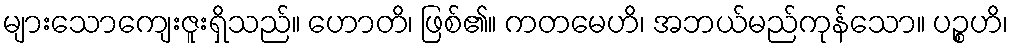
များသောကျေးဇူးရှိသည်။ ဟောတိ၊ ဖြစ်၏။ ကတမေဟိ၊ အဘယ်မည်ကုန်သော။ ပဉ္စဟိ၊